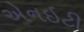
એનઇટી